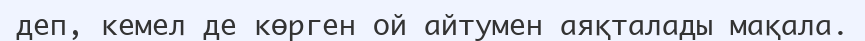
деп, кемел де көрген ой айтумен аяқталады мақала.